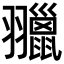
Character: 𦒦